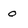
Character: o